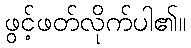
ဖွင့်ဖတ်လိုက်ပါ၏။